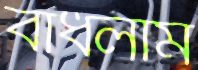
বাধলাম